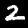
Digit: 2